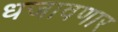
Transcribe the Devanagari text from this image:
धजावणार